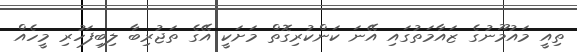
ތިއީ މައުމޫނުގެ ޒައާމަތުގައި އޭނަ ކަންކުރިގޮތް މަށަކީ އޭގެ ތަޖުރިބާ ލިބިފަހުރި މީހެއް